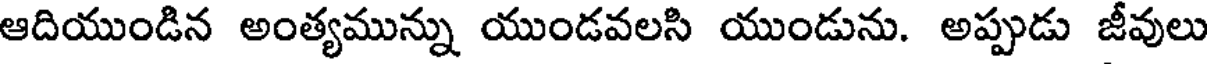
ఆదియుండిన అంత్యమున్ను యుండవలసి యుండును. అప్పుడు జీవులు